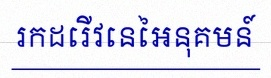
រកដេរីវេនៃអនុគមន៍